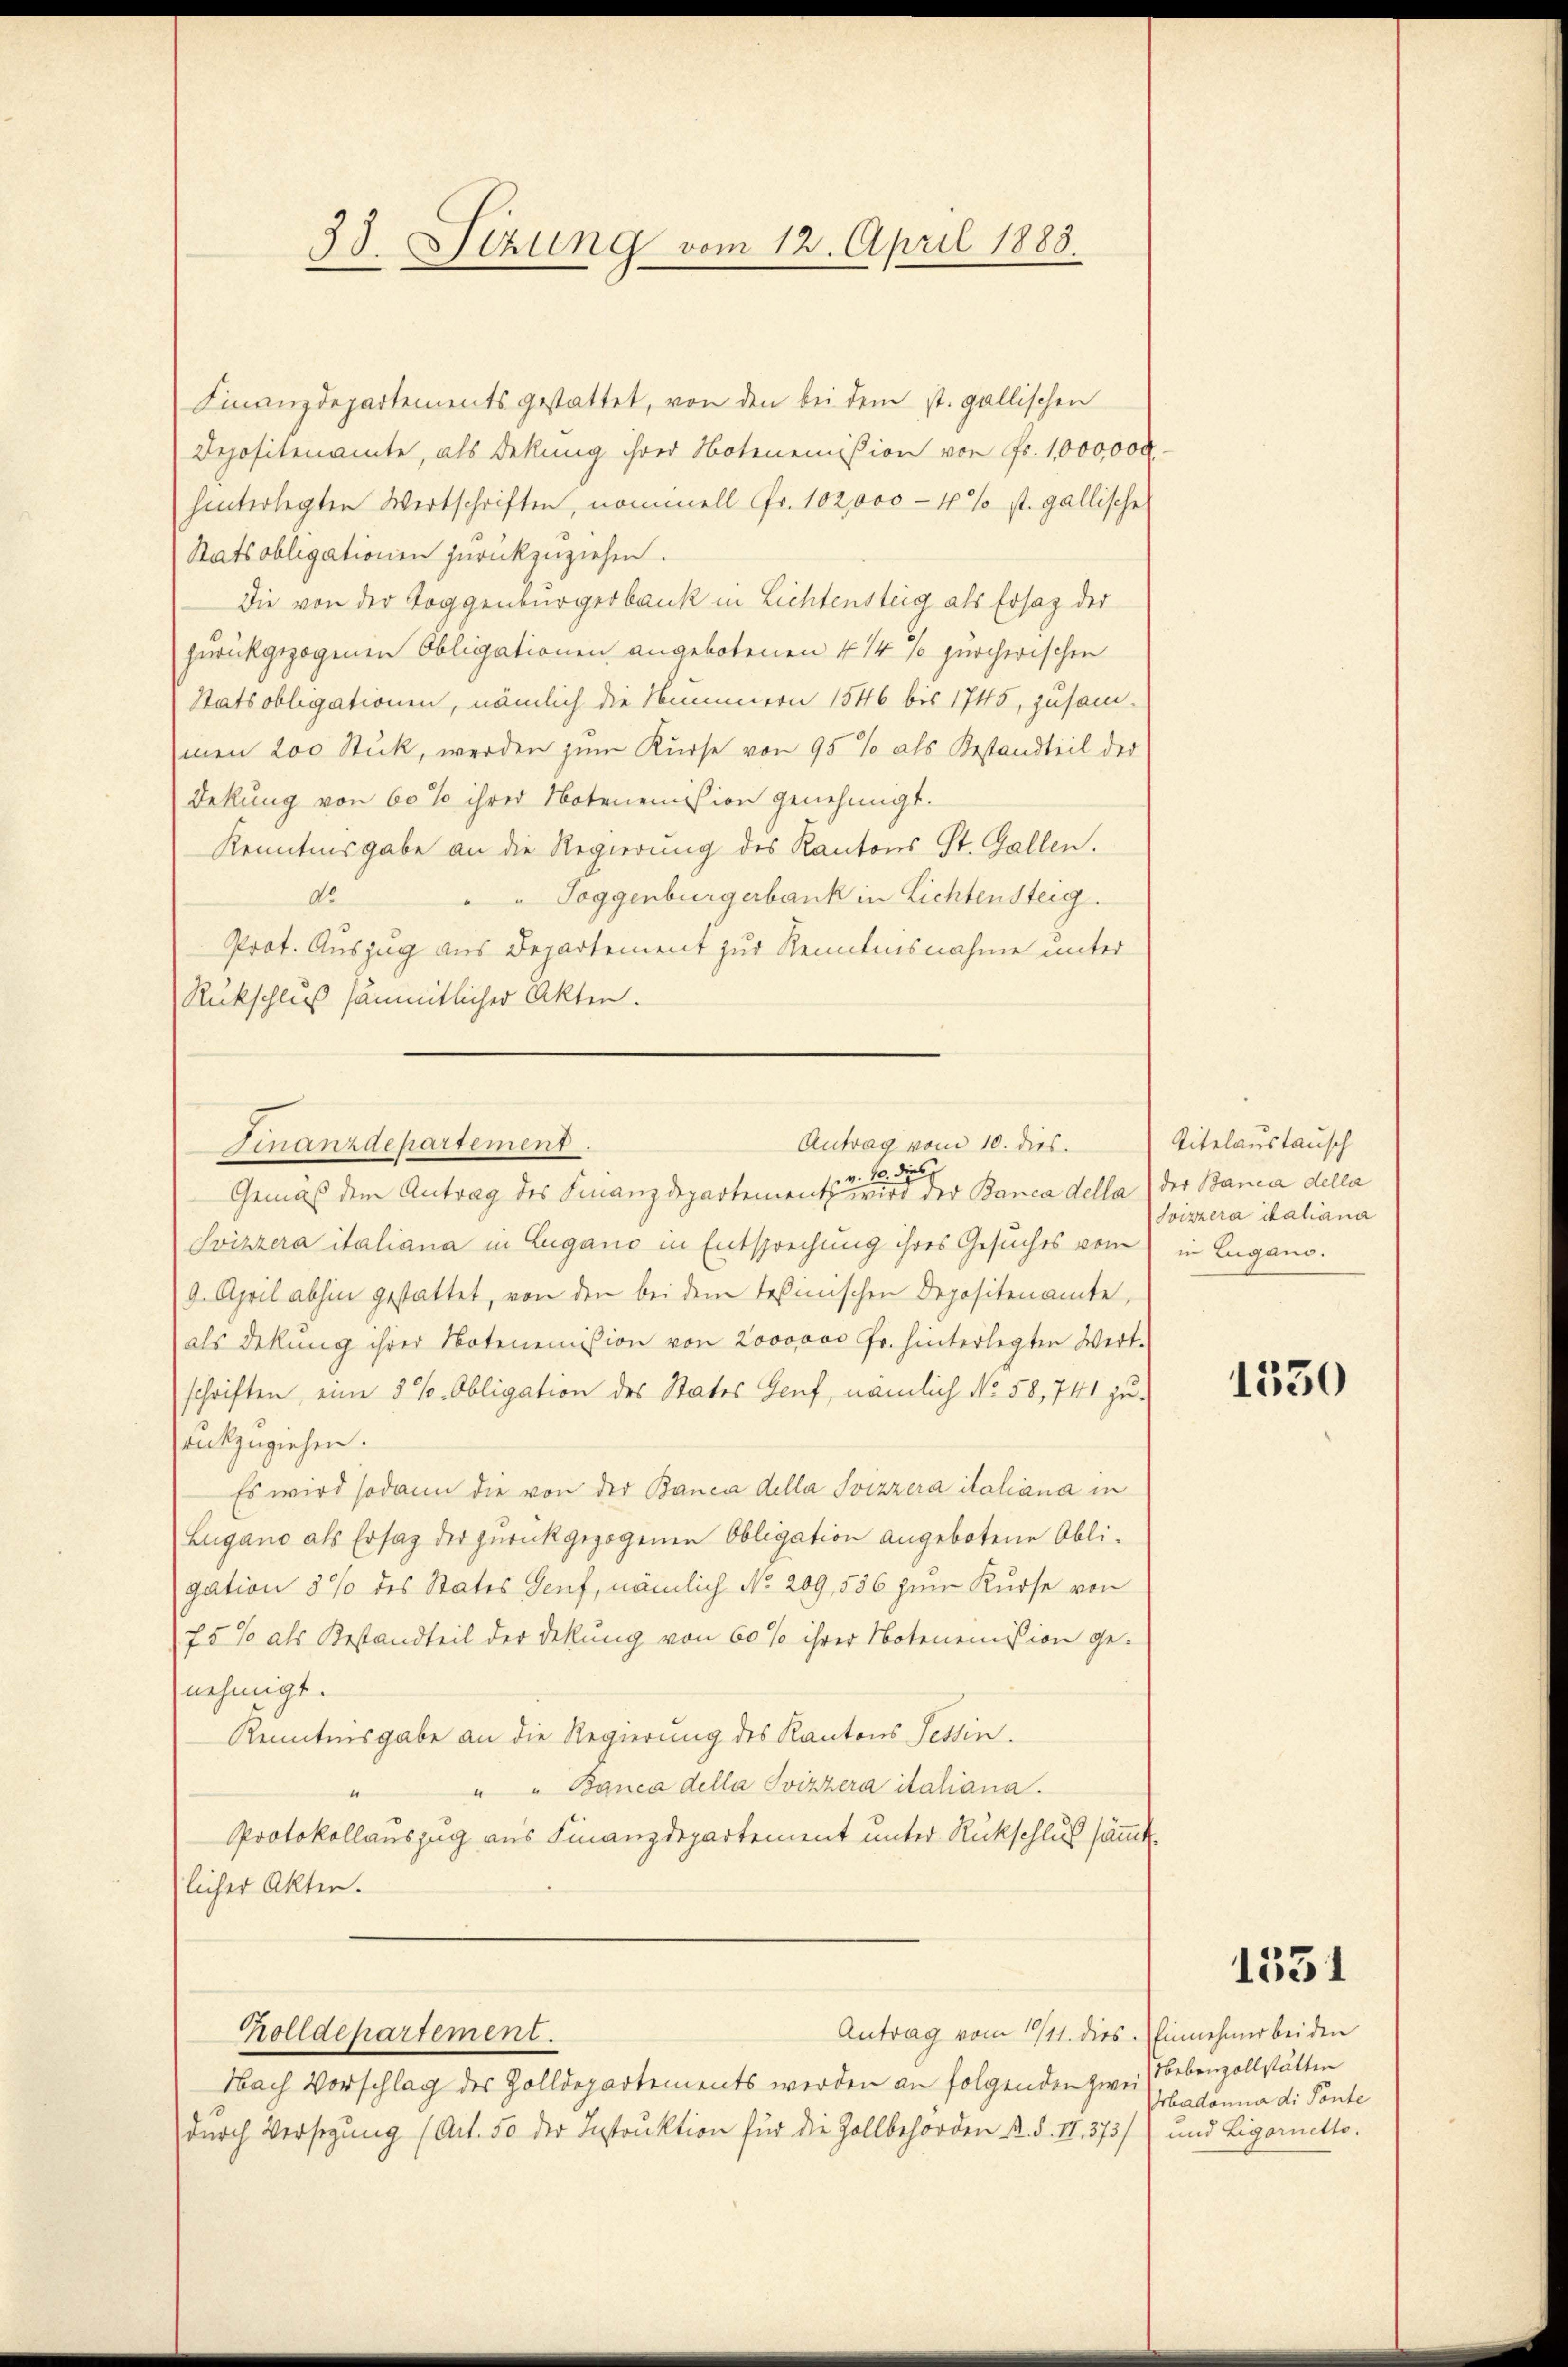
38. Sizung vom 12. April 1888.

Finanzdepartements gestattet, von den bei dem st. gallischen
Depositenamte, als Dekung ihrer Notenemission von Fr. 1,000,000
hinterlegten Wertschriften, nominell Fr. 102,000 - 4 % st. gallische
Statsobligationen zurückzuziehen.
Die von der Toggenburgerbank in Lichtensteig als Ersatz der
zurückgezogenen Obligationen angebotenen 4 1/4 10 zürcherischen
Statsobligationen, nämlich die Summern 1546 bis 1745, zusam-
men 200 Stück, werden zum Kurse von 95 % als Bestandteil der
Dekung von 60% ihrer Notenemision genehmigt.
Kenntnisgabe an die Regierung des Kantons St. Gallen.
"Toggenburgerbank in Lichtensteig.
do.
Prof. Auszug aus Departement zur Kenntnisnahme unter
Rückschluß sämmtlicher Akten.
Gemäß dem Antrag des Finanzdepartement wird der Banca della der Banca della
Svizzera italiana in Lugano in Entsprechung ihres Gesuches vom in Lugano.
9. April abhin gestattet, von den bei dem Tessinischen Depositenamte,
als Dekŭng ihrer Notenemision von 2000000 Fr. hinterlegten Wert-
schriften eine 5 % Obligation des States Genf, nämlich No. 58, 741 zusrückzuziehen.
Es wird sodann die von der Banca della Soizzera italiana in
Lugano als Ersatz der zurückgezogenen Obligation angebotene Obligation 5% des States Genf, nämlich No. 209, 586 zum Kurse von
75% als Bestandteil der Dekung von 60% ihrer Notenemission ge-
nehmigt.
Kenntnisgabe an die Regierung des Kantons Tessin.
" " Banca della Svizzera italiana.
Protokollauszug aus Finanzdepartement unter Rückschluß sämmt
licher Akten.
Antrag vom 19/11. dies. Einnehmer bei den
Holldepartement.
Nach Vorschlag des Zolldepartements werden an folgenden zwei
durch Versezung (Art. 50 der Instruktion für die Zollbehörden d. d. II. 373 und Ligoretto.

Antrag vom 10. dies
Finanzdepartement.
v. 10. Diel

Titelaustausch
Svizzera italiana

1550

1331

Nebenzollstätten
Arbadonia di Ponte